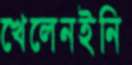
খেলেনইনি